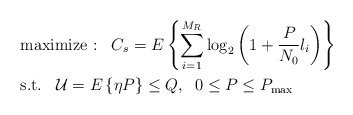
\begin{align*}{}&{}\textrm{maximize :}\;\;\;C_{s} = E \left\{ \sum_{i=1}^{M_R} \log_2 \left( 1 + \frac{P}{N_0} l_i \right) \right\} \\&\textrm{s.t.}\;\;\;{\mathcal U} = E\left\{\eta P \right \} \leq Q, \;\; 0 \leq P \leq P_{\max}\end{align*}